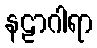
နဠာဂါရာ